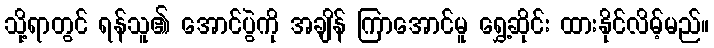
သို့ရာတွင် ရန်သူ၏ အောင်ပွဲကို အချိန် ကြာအောင်မူ ရွှေ့ဆိုင်း ထားနိုင်လိမ့်မည်။